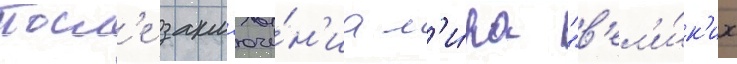
Посл'е закл'юче́н'иа м'и́ра "в'ел'и́к'их